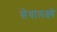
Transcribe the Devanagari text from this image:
सेवालक्ष्ये